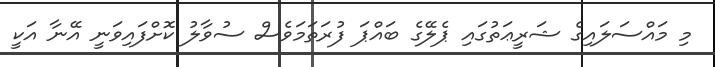
މި މައްސަލައިގެ ޝަރީޢަތުގައި ޕެލޭގެ ބައްޕަ ފުރަތަަމަވެސް ސުވާލު ކޮށްފައިވަނީ އޭނާ އަކީ